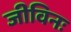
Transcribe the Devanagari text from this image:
जीविनः